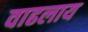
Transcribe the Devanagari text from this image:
वाढलाय